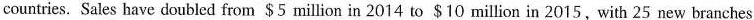
countries. Sales have doubled from $5 million in 2014 to $10 million in 2015,with 25 new branches